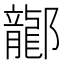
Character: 𫑰